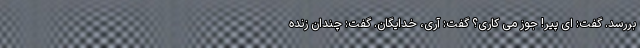
بررسد. گفت: ای پیر! جوز می کاری؟ گفت: آری، خدایگان. گفت: چندان زنده